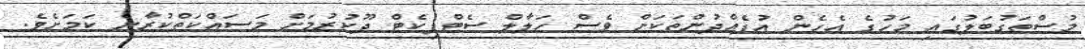
މުސްތަގުބަލުގައި މަހުގެ އެހެން އުފެއްދުންތަކަށް ވެސް ހަލާލް ސެޓްފިކެޓް ދޫކުރުމަށް މަސައްކަތްކުރާނެ ކަމަށެވެ.